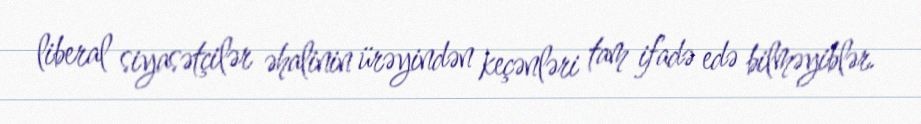
liberal siyasətçilər əhalinin ürəyindən keçənləri tam ifadə edə bilməyiblər.